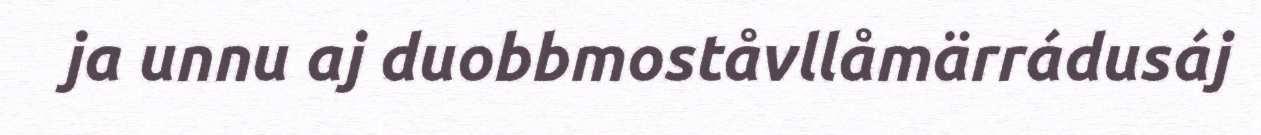
ja unnu aj duobbmoståvllåmärrádusáj